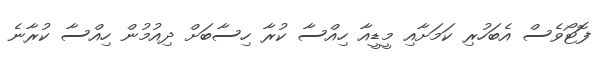
ފޮޓޯވެސް އެބަހުރި ކަމަށާއި މީޑީއާ ހިއްސާ ކުރާ ހިސާބަށް ދިއުމުން ހިއްސާ ކުރާނެ